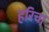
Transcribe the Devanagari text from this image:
हरिचा